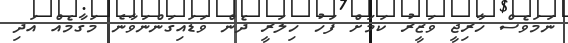
ނަމަވެސް ޚާރިޖީ ވަޒީރު ކަމަށް ފަހު ހިލަރީ ދެން ވަޑައިގަންނަވާނެ މަގާމެއް އަދި